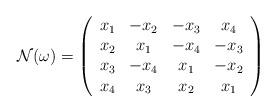
LaTeX: \begin{align*}\mathcal{N}(\omega)=\left( \begin{array}{cccc} x_1 & -x_2 & -x_3 & x_4 \\ x_2 & x_1 & -x_4 & -x_3 \\ x_3 & -x_4 & x_1 & -x_2 \\ x_4 & x_3 & x_2 & x_1 \\ \end{array} \right)\end{align*}